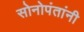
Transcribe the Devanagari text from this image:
सोनोपंतांनी